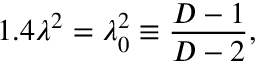
1 . 4 \lambda ^ { 2 } = \lambda _ { 0 } ^ { 2 } \equiv \frac { D - 1 } { D - 2 } ,